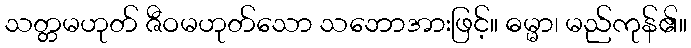
သတ္တမဟုတ် ဇီဝမဟုတ်သော သဘောအားဖြင့်။ ဓမ္မာ၊ မည်ကုန်၏။